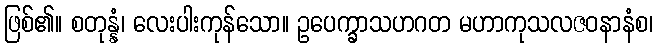
ဖြစ်၏။ စတုန္နံ၊ လေးပါးကုန်သော။ ဥပေက္ခာသဟဂတ မဟာကုသလဇဝနာနံစ၊